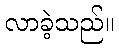
လာခဲ့သည်။